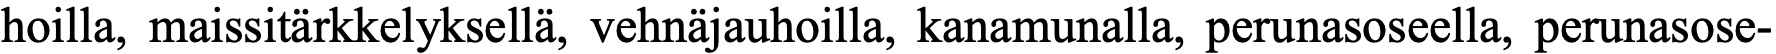
hoilla, maissitärkkelyksellä, vehnäjauhoilla, kanamunalla, perunasoseella, perunasose-